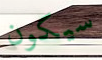
سيكون